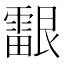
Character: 𬰉